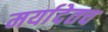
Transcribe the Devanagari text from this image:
मर्यादेतच